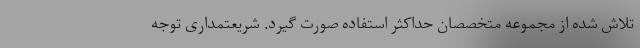
تلاش شده از مجموعه متخصصان حداکثر استفاده صورت گیرد. شریعتمداری توجه